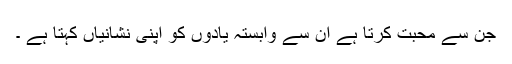
جن سے محبت کرتا ہے ان سے وابستہ یادوں کو اپنی نشانیاں کہتا ہے ۔